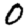
Digit: 0